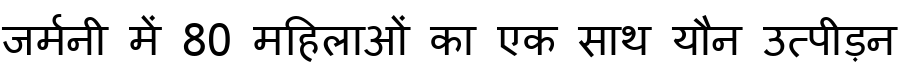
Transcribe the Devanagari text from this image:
जर्मनी में 80 महिलाओं का एक साथ यौन उत्पीड़न